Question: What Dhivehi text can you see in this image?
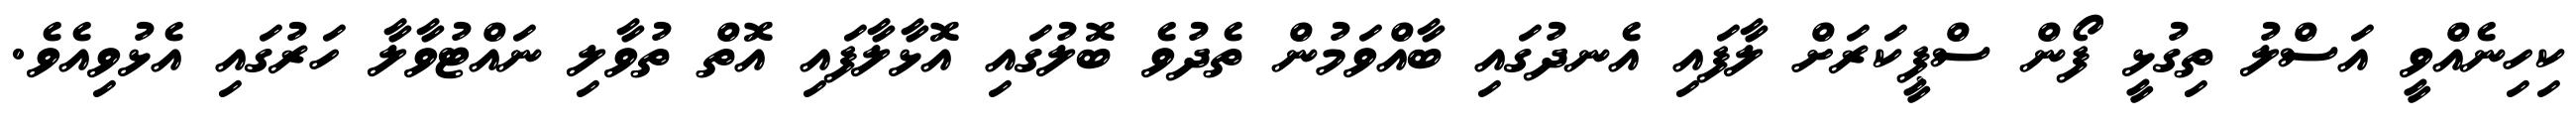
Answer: ކިހިނެއްވީ އަސްލު ތިގުޅީ ފޯން ސްޕީކަރަށް ލާފައި އެނދުގައި ބާއްވަމުން ތެދުވެ ބޮލުގައި އޮޅާލާފައި އޮތް ތުވާލި ނައްޓުވާލާ ހަރުގައި އެޅުވިއެވެ.